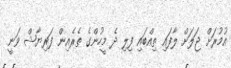
އުމުރަށް ޖަލަށް ލާފައި ތިއްބައި ފިލި ދެ މީހުންގެ ތެރެއިން ފަރިޔާޝް ވަނީ